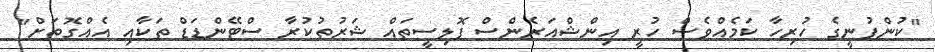
"ކުންފުނީގެ ހުރިހާ ކަމެއްވެސް ހުރީ އިންޝްއަރެންސް ޕޮލިސީތައް ޝަރުތުކުރާ ސްޓޭންޑަޑް ތަކާއި އެއްގޮތަށް"